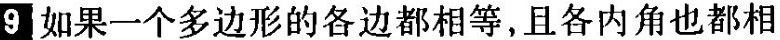
9如果一个多边形的各边都相等，且各内角也都相